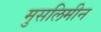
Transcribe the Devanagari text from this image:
मुसलिमीन